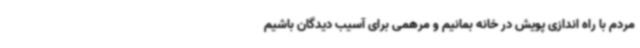
مردم با راه اندازی پویش در خانه بمانیم و مرهمی برای آسیب دیدگان باشیم